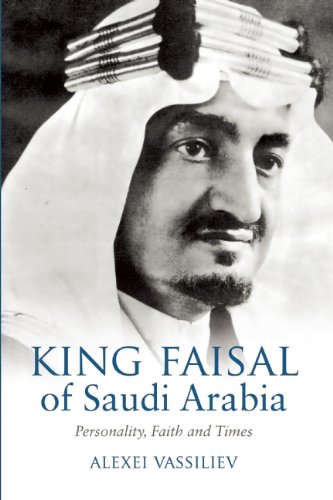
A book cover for King Faisal of Saudi Arabia: Personality, Faith and Times; Alexei Vassiliev; History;